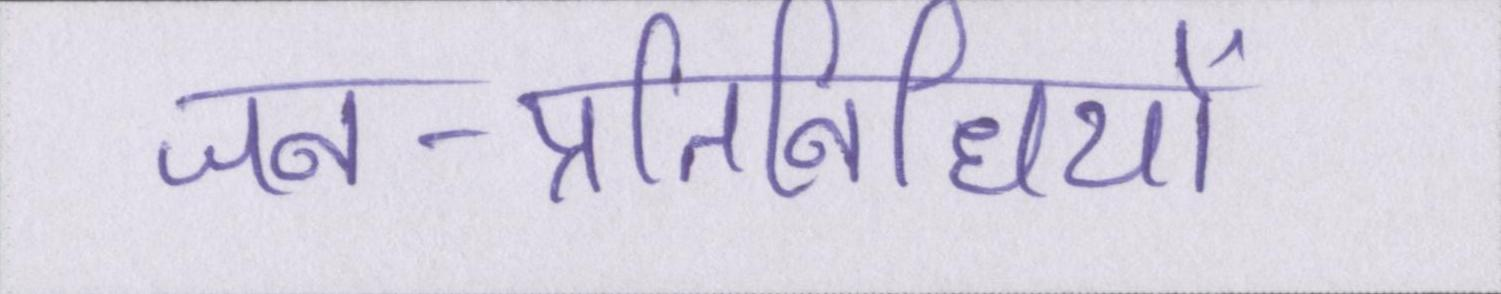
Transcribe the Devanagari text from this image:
जन-प्रतिनिधियों